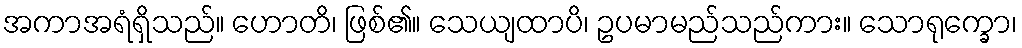
အကာအရံရှိသည်။ ဟောတိ၊ ဖြစ်၏။ သေယျထာပိ၊ ဥပမာမည်သည်ကား။ သောရုက္ခော၊